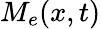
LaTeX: M_{e}(x,t)